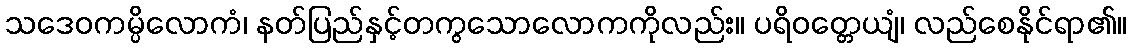
သဒေဝကမ္ပိလောကံ၊ နတ်ပြည်နှင့်တကွသောလောကကိုလည်း။ ပရိဝတ္တေယျံ၊ လည်စေနိုင်ရာ၏။